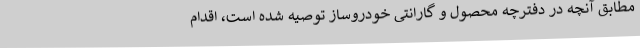
مطابق آنچه در دفترچه محصول و گارانتی خودروساز توصیه شده است، اقدام